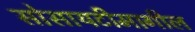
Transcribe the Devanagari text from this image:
सोसायटीमागील